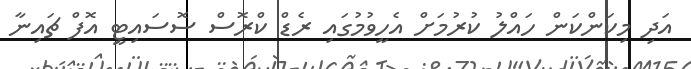
އަދި މިކަންކަން ހައްލު ކުރުމަށް އެހީވުމުގައި ރެޑް ކްރޮސް ސޮސައިޓީ އޮފް ޗައިނާ